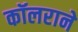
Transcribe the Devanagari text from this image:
कॉलराने